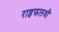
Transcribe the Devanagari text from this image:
राइफलथी